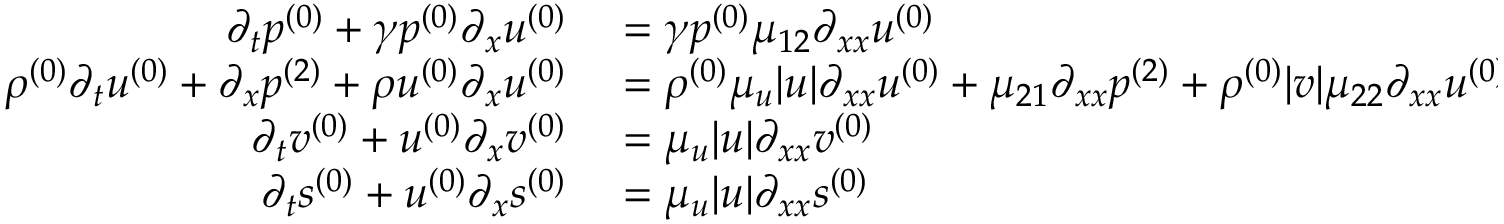
\begin{array} { r l } { \partial _ { t } \ensuremath { p ^ { ( 0 ) } } + \gamma \ensuremath { p ^ { ( 0 ) } } \partial _ { x } \ensuremath { u ^ { ( 0 ) } } } & { { } = \gamma \ensuremath { p ^ { ( 0 ) } } \mu _ { 1 2 } \partial _ { x x } \ensuremath { u ^ { ( 0 ) } } } \\ { \ensuremath { \rho ^ { ( 0 ) } } \partial _ { t } \ensuremath { u ^ { ( 0 ) } } + \partial _ { x } \ensuremath { p ^ { ( 2 ) } } + \ensuremath { \rho u ^ { ( 0 ) } } \partial _ { x } \ensuremath { u ^ { ( 0 ) } } } & { { } = \ensuremath { \rho ^ { ( 0 ) } } \mu _ { u } | u | \partial _ { x x } \ensuremath { u ^ { ( 0 ) } } + \mu _ { 2 1 } \partial _ { x x } \ensuremath { p ^ { ( 2 ) } } + \ensuremath { \rho ^ { ( 0 ) } } | v | \mu _ { 2 2 } \partial _ { x x } \ensuremath { u ^ { ( 0 ) } } } \\ { \partial _ { t } \ensuremath { v ^ { ( 0 ) } } + \ensuremath { u ^ { ( 0 ) } } \partial _ { x } \ensuremath { v ^ { ( 0 ) } } } & { { } = \mu _ { u } | u | \partial _ { x x } \ensuremath { v ^ { ( 0 ) } } } \\ { \partial _ { t } \ensuremath { s ^ { ( 0 ) } } + \ensuremath { u ^ { ( 0 ) } } \partial _ { x } \ensuremath { s ^ { ( 0 ) } } } & { { } = \mu _ { u } | u | \partial _ { x x } \ensuremath { s ^ { ( 0 ) } } } \end{array}